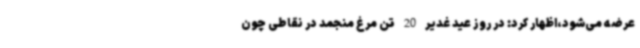
عرضه می‌شود،اظهار کرد: در روز عید غدیر 20 تن مرغ منجمد در نقاطی چون